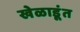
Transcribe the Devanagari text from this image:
खेळाडूंत